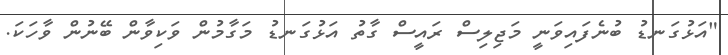
"އަޅުގަނޑު ބުނެފައިވަނީ މަޖިލިސް ރައީސް ގާތު އަޅުގަނޑު މަގާމުން ވަކިވާން ބޭނުން ވާހަކަ.